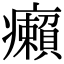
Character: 癩